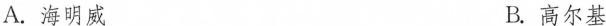
A.海明威 B.高尔基